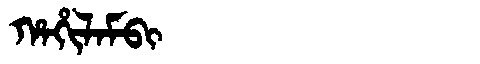
Manchu: ᡥᠠᡥᡳᠯᠠᠮᠪᡳ
Romanization: HAHILAMBI